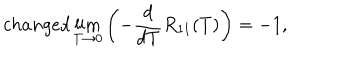
LaTeX: c h a n g e d \lim _ { T \to 0 } \left( - \frac { d } { d T } R _ { 1 1 } ( T ) \right) = - 1 ,